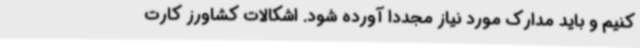
کنیم و باید مدارک مورد نیاز مجدداً آورده شود. اشکالات کشاورز کارت